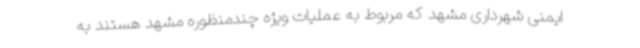
ایمنی شهرداری مشهد که مربوط به عملیات ویژه چندمنظوره مشهد هستند به